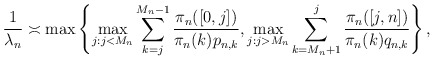
\begin{align*} \frac{1}{\lambda_n}\asymp\max\left\{\max_{j:j<M_n}\sum_{k=j}^{M_n-1}\frac{\pi_n([0,j])}{\pi_n(k)p_{n,k}}, \max_{j:j>M_n}\sum_{k=M_n+1}^j\frac{\pi_n([j,n])}{\pi_n(k)q_{n,k}}\right\},\end{align*}